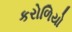
કરોળિયો